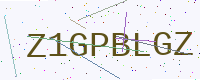
Text: Z1GPBLGZ